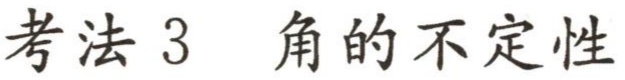
考法 3  角的不定性